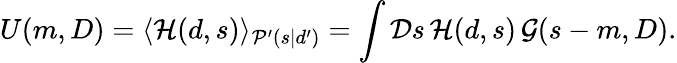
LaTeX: U(m,D)=\langle{\mathcal{H}}(d,s)\rangle_{{\mathcal{P}}^{\prime}(s|d^{\prime})}=\int{\mathcal{D}}s\, {\mathcal{H}}(d,s)\, {\mathcal{G}}(s-m,D).